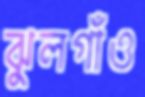
ঝুলগাঁও